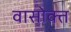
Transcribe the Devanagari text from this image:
वासोक्त